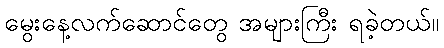
မွေးနေ့လက်ဆောင်တွေ အများကြီး ရခဲ့တယ်။